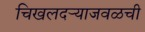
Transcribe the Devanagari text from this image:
चिखलदऱ्याजवळची